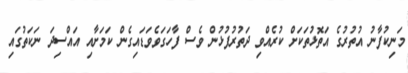
މަނިކުފާނު އުތުރުގެ އަތޮޅުތަކަށް ކުރެއްވި ދަތުރުފުޅުން ވެސް ފާހަގަވެވަޑައިގެން ކަމަށާއި އައްސިދަ ނަކަތުގައި